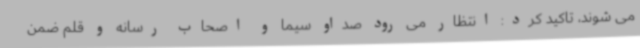
می شوند، تاکید کرد: انتظار می رود صداو سیما و اصحاب رسانه و قلم ضمن